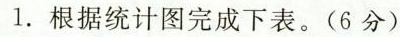
1.根据统计图完成下表。(6分)